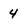
Character: 4